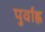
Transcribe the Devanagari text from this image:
पुर्वाह्न